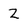
Character: Z